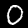
Digit: 0